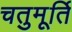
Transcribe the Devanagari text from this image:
चतुमूर्ति